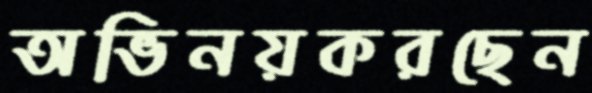
অভিনয়করছেন